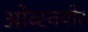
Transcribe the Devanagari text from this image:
ओब्स्क्योर